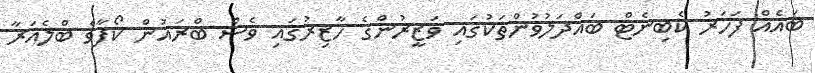
ބައެއް ފަހަރު ކެބިނެޓް ބައްދަލުވުންތަކުގައި ވަޒީރުންގެ ހާޒިރުގައި ވެސް ބްރައުން ކޯފާވެ ބްލެއަރާ